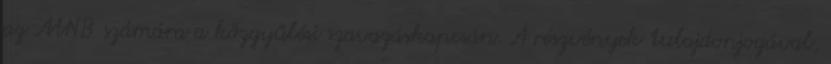
az MNB számára a közgyűlési szavazáskapcsán. A részvények tulajdonjogával,